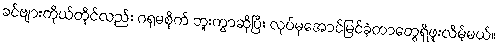
ခင်ဗျားကိုယ်တိုင်လည်း ဂရုမစိုက် ဘူးကွာဆိုပြီး လုပ်မှအောင်မြင်ခဲ့တာတွေရှိဖူးလိမ့်မယ်။